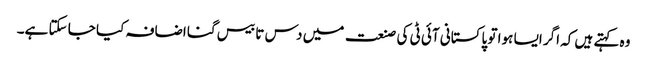
وہ کہتے ہیں کہ اگر ایسا ہوا تو پاکستانی آئی ٹی کی صنعت میں دس تا بیس گنا اضافہ کیا جا سکتا ہے۔